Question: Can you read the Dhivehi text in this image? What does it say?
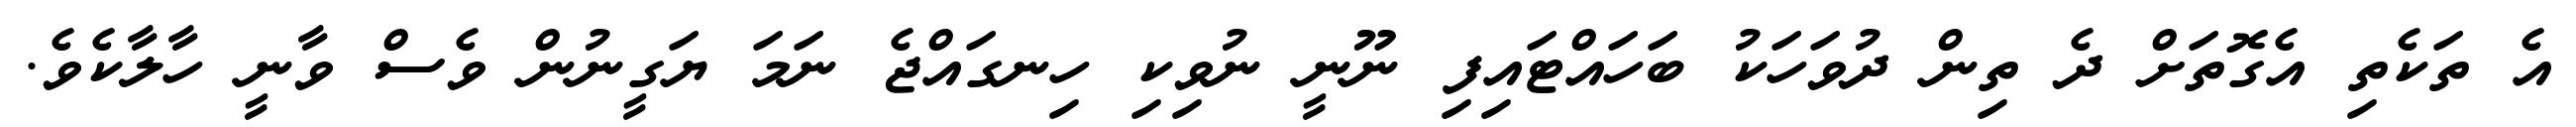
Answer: އެ ތަކެތި އެގޮތަށް ދެ ތިން ދުވަހަކު ބަހައްޓައިފި ނޫނީ ނުވިކި ހިނގައްޖެ ނަމަ ޔަގީނުން ވެސް ވާނީ ހާލާކެވެ.